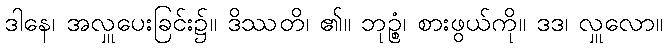
ဒါနေ၊ အလှူပေးခြင်း၌။ ဒိဿတိ၊ ၏။ ဘုဉ္စံ၊ စားဖွယ်ကို။ ဒဒ၊ လှူလော။